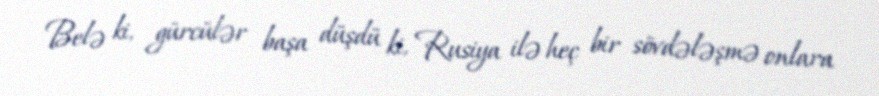
Belə ki, gürcülər başa düşdü ki, Rusiya ilə heç bir sövdələşmə onlara